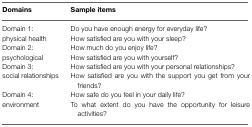
<table><thead><tr><td><b>Domains</b></td><td><b>Sample items</b></td></tr></thead><tbody><tr><td>Domain 1:</td><td>Do you have enough energy for everyday life?</td></tr><tr><td>physical health</td><td>How satisfied are you with your sleep?</td></tr><tr><td>Domain 2:</td><td>How much do you enjoy life?</td></tr><tr><td>psychological</td><td>How satisfied are you with yourself?</td></tr><tr><td>Domain 3:</td><td>How satisfied are you with your personal relationships?</td></tr><tr><td>social relationships</td><td>How satisfied are you with the support you get from your friends?</td></tr><tr><td>Domain 4:</td><td>How safe do you feel in your daily life?</td></tr><tr><td>environment</td><td>To what extent do you have the opportunity for leisure activities?</td></tr></tbody></table>